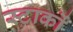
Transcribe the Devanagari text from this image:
स्टाकों